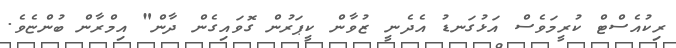
ރިކުއެސްޓް ކުރީމަވެސް އަޅުގަނޑު އެދެނީ ޒުވާން ކީޕަރުން ގޮވައިގެން ދާން" އިމްރާން ބުންޏެވެ.